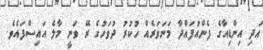
އަދި އިންޑިއާގެ ފެންއުފައްދާ މަނަވަރެއް ހުކުރު ދުވަހުގެ ރޭ ވަނީ މާލެ އައިސްފައެވެ.